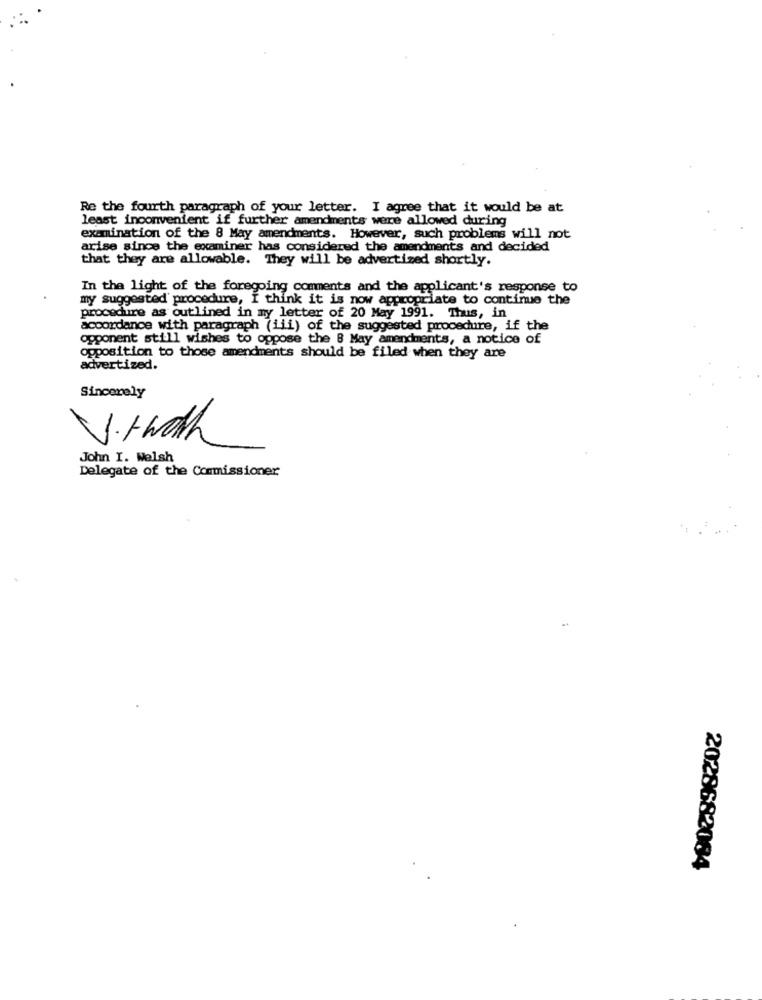
Re the fourth paragraph of your letter. I agree that it would be at
least inconvenient if further amendments were allowed during
examination of the 8 May amendments. However, such problems will not
arise since the examiner has considered the amendments and decided
that they are allowable. They will be advertized shortly.
In the light of the foregoing comments and the applicant's response to
my suggested procedure, I think it is now appropriate to continue the
procedure as outlined in my letter of 20 May 1991. Thus, in
accordance with paragraph (iii) of the suggested procedure, if the
opponent still wishes to oppose the B May amendments, a notice of
opposition to those amendments should be filed when they are
advertized.
Sincerely
V.twoh
John I. Welsh
Delegate of the Commissioner
2028682084